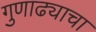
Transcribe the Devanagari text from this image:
गुणाढ्याचा